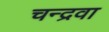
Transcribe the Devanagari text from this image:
चन्द्रवा